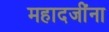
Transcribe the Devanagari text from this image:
महादजींना